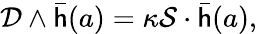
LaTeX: {\mathcal{D}}\wedge{\bar{\mathsf{h}}}(a)=\kappa{\mathcal{S}}\cdot{\bar{\mathsf{h}}}(a),